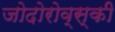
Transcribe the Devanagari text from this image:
जोदोरोव्स्की